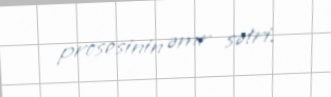
prosesinin əmr sətri.